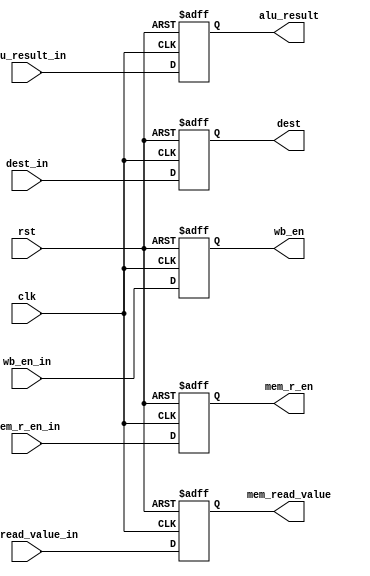
module memory_register(
    input clk,
    input rst,
    input wb_en_in,
    input mem_r_en_in,
    input [31:0] alu_result_in,
    input [31:0] mem_read_value_in,
    input [3:0] dest_in,
    output reg [31:0] alu_result,
    output reg [31:0] mem_read_value,
    output reg [3:0] dest,
    output reg wb_en,
    output reg mem_r_en
);

always @(posedge clk, posedge rst) begin
    if (rst) begin
        alu_result <= 0;
        mem_read_value <= 0;
        dest <= 0;
        wb_en <= 0;
        mem_r_en <= 0;
    end else begin
        dest <= dest_in;
        mem_read_value <= mem_read_value_in;
        alu_result <= alu_result_in;
        wb_en <= wb_en_in;
        mem_r_en <= mem_r_en_in;
    end
end

endmodule // memory_register